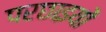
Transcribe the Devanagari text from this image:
परछाइयों